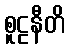
စူဠနီတိ